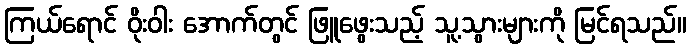
ကြယ်ရောင် ဝိုးဝါး အောက်တွင် ဖြူဖွေးသည့် သူ့သွားများကို မြင်ရသည်။